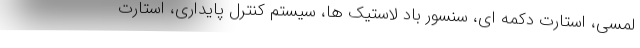
لمسی، استارت دکمه ای، سنسور باد لاستیک ها، سیستم کنترل پایداری، استارت